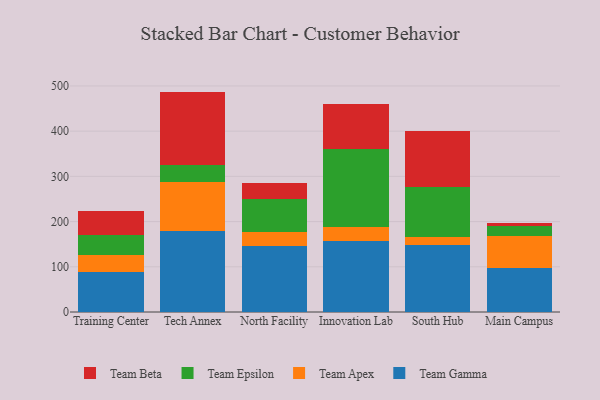
{"axis": {"x": "Campus", "y": "Inventory Turnover"}, "legend": ["Team Apex", "Team Beta", "Team Epsilon", "Team Gamma"], "data": [{"x": "Training Center", "y": 88.7, "type": "Team Gamma"}, {"x": "Training Center", "y": 37.9, "type": "Team Apex"}, {"x": "Training Center", "y": 43.9, "type": "Team Epsilon"}, {"x": "Training Center", "y": 52.9, "type": "Team Beta"}, {"x": "Tech Annex", "y": 178.7, "type": "Team Gamma"}, {"x": "Tech Annex", "y": 108.4, "type": "Team Apex"}, {"x": "Tech Annex", "y": 38.5, "type": "Team Epsilon"}, {"x": "Tech Annex", "y": 161.9, "type": "Team Beta"}, {"x": "North Facility", "y": 146.7, "type": "Team Gamma"}, {"x": "North Facility", "y": 29.2, "type": "Team Apex"}, {"x": "North Facility", "y": 74.7, "type": "Team Epsilon"}, {"x": "North Facility", "y": 35.5, "type": "Team Beta"}, {"x": "Innovation Lab", "y": 156.1, "type": "Team Gamma"}, {"x": "Innovation Lab", "y": 33.0, "type": "Team Apex"}, {"x": "Innovation Lab", "y": 170.8, "type": "Team Epsilon"}, {"x": "Innovation Lab", "y": 100.8, "type": "Team Beta"}, {"x": "South Hub", "y": 148.8, "type": "Team Gamma"}, {"x": "South Hub", "y": 17.0, "type": "Team Apex"}, {"x": "South Hub", "y": 109.7, "type": "Team Epsilon"}, {"x": "South Hub", "y": 125.5, "type": "Team Beta"}, {"x": "Main Campus", "y": 97.6, "type": "Team Gamma"}, {"x": "Main Campus", "y": 69.5, "type": "Team Apex"}, {"x": "Main Campus", "y": 23.7, "type": "Team Epsilon"}, {"x": "Main Campus", "y": 6.0, "type": "Team Beta"}]}